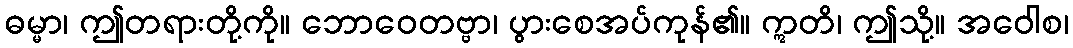
ဓမ္မာ၊ ဤတရားတို့ကို။ ဘောဝေတဗ္ဗာ၊ ပွားစေအပ်ကုန်၏။ ဣတိ၊ ဤသို့။ အဝေါစ၊